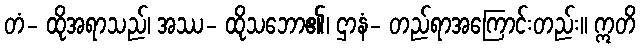
တံ- ထိုအရာသည်၊ အဿ- ထိုသဘော၏၊ ဌာနံ- တည်ရာအကြောင်းတည်း။ ဣတိ